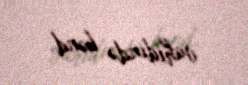
vahidində kənd.